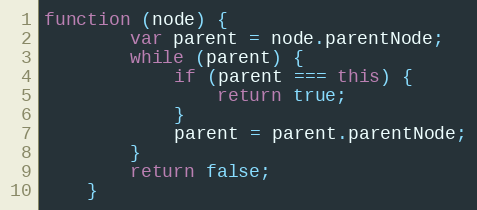
Language: JavaScript
function (node) {
        var parent = node.parentNode;
        while (parent) {
            if (parent === this) {
                return true;
            }
            parent = parent.parentNode;
        }
        return false;
    }